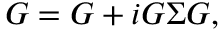
{ \cal G } = G + i G \Sigma { \cal G } ,